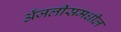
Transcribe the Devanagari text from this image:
अँजलीसमधील